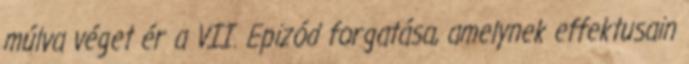
múlva véget ér a VII. Epizód forgatása, amelynek effektusain